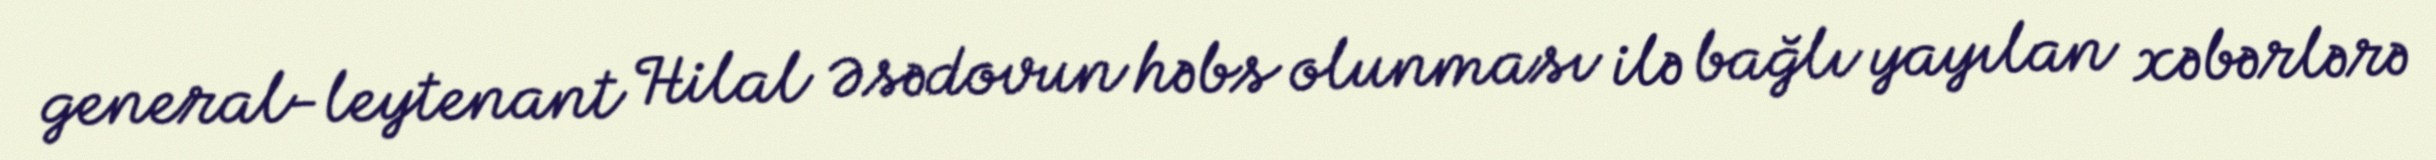
general-leytenant Hilal Əsədovun həbs olunması ilə bağlı yayılan xəbərlərə